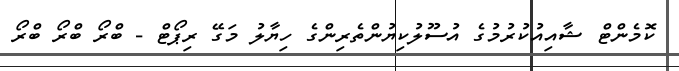
ކޮމެންޓް ޝާއިއުކުރުމުގެ އުސޫލުކިޔުންތެރިންގެ ހިޔާލު މަގޭ ރިޕޯޓް - ބްރޯ ބްރޯ ބްރޯ